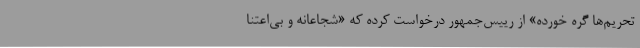
تحریم‌ها گره خورده» از رییس‌جمهور درخواست کرده که «شجاعانه و بی‌اعتنا